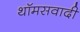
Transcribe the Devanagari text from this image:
थॉमसवादी